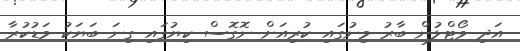
އަދި ވޯޓްލުން ބާރު މިނުގައި ކުރިއަށް ނޮގޮސް ކިޔުގައި ގިނަ ބަޔަކު މަޑުކުރާ